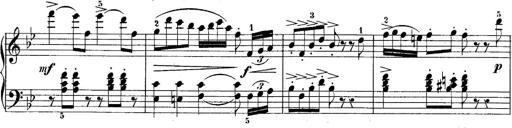
Title: 10 Sonatines progressives
Composer: Anton Schmoll